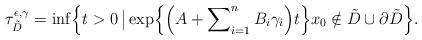
LaTeX: \begin{align*}\tau_{\tilde{D}}^{\epsilon,\gamma} = \inf \Bigl\{ t > 0 \, \bigl\vert \, \exp \Bigl\{\Bigl( A + \sum\nolimits_{i=1}^n B_i \gamma_i\Bigr)t\Bigr\} x_0 \notin \tilde{D} \cup \partial \tilde{D} \Bigr\}. \end{align*}